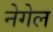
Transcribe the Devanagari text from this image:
नेगेल